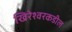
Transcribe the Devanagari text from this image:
खिरेश्वरकडील